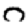
Digit: 0